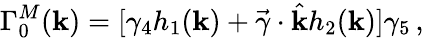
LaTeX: \Gamma_{0}^{M}(\mathbf{k})=[\gamma_{4}h_{1}(\mathbf{k})+\vec{{\gamma}}\cdot\hat{{\mathbf{k}}}h_{2}(\mathbf{k})]\gamma_{5}\, ,